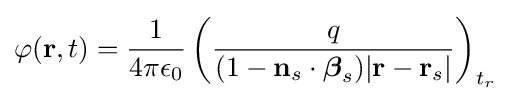
\varphi (\mathbf {r} ,t)={\frac {1}{4\pi \epsilon _{0}}}\left({\frac {q}{(1-\mathbf {n} _{s}\cdot {\boldsymbol {\beta }}_{s})|\mathbf {r} -\mathbf {r} _{s}|}}\right)_{t_{r}}